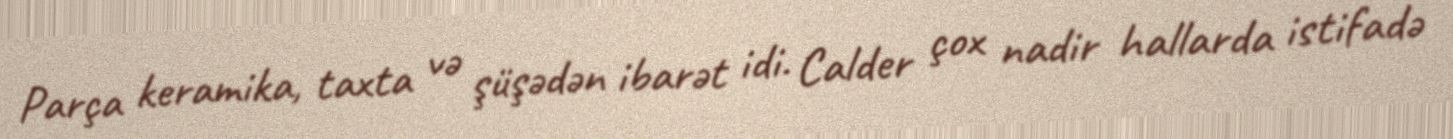
Parça keramika, taxta və şüşədən ibarət idi. Calder çox nadir hallarda istifadə